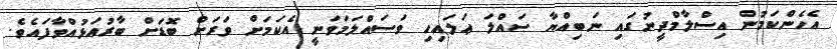
އެހެންކަމުން އިސްލާމްދީނުގައި ނަބިއްޔާ ޞައްލަ ޢަލައިހި ވަސައްލަމަވަނީ އެކަމަށް ވަރަށް ބޮޑަށް ބާރުއަޅުއްވާފައެވެ.